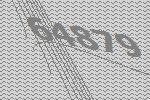
64879